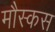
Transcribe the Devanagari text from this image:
मौस्कस